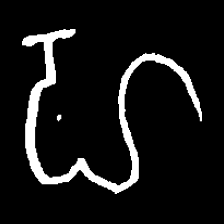
Pyu character \u2014 Myanmar letter: ဟ (romanized: ha)